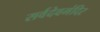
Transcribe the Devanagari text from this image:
सर्वदेवमंदिर